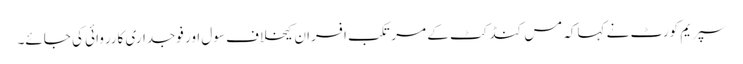
سپریم کورٹ نے کہاکہ مس کنڈکٹ کے مرتکب افسران کیخلاف سول اور فوجداری کارروائی کی جائے۔